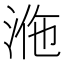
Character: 𣴾